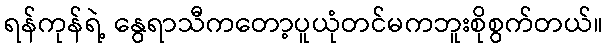
ရန်ကုန်ရဲ့ နွေရာသီကတော့ပူယုံတင်မကဘူးစိုစွက်တယ်။